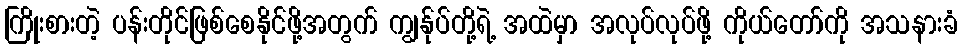
ကြိုးစားတဲ့ ပန်းတိုင်ဖြစ်စေနိုင်ဖို့အတွက် ကျွန်ုပ်တို့ရဲ့ အထဲမှာ အလုပ်လုပ်ဖို့ ကိုယ်တော်ကို အသနားခံ